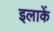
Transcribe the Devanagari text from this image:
इलाकें